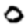
Digit: 0